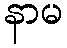
နာမ